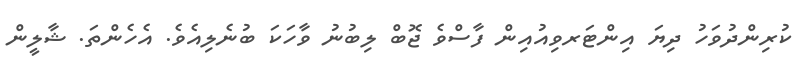
ކުރިންދުވަހު ދިޔަ އިންޓަރވިއުއިން ފާސްވެ ޖޮބް ލިބުނު ވާހަކަ ބުނެލިއެވެ. އެހެންތަ. ޝާލީން